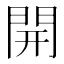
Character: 開